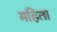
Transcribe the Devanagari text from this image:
महिता